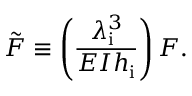
\Tilde { F } \equiv \left( \frac { \lambda _ { \mathrm { i } } ^ { 3 } } { E I h _ { \mathrm { i } } } \right) F .